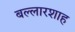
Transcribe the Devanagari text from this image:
बल्लारशाह